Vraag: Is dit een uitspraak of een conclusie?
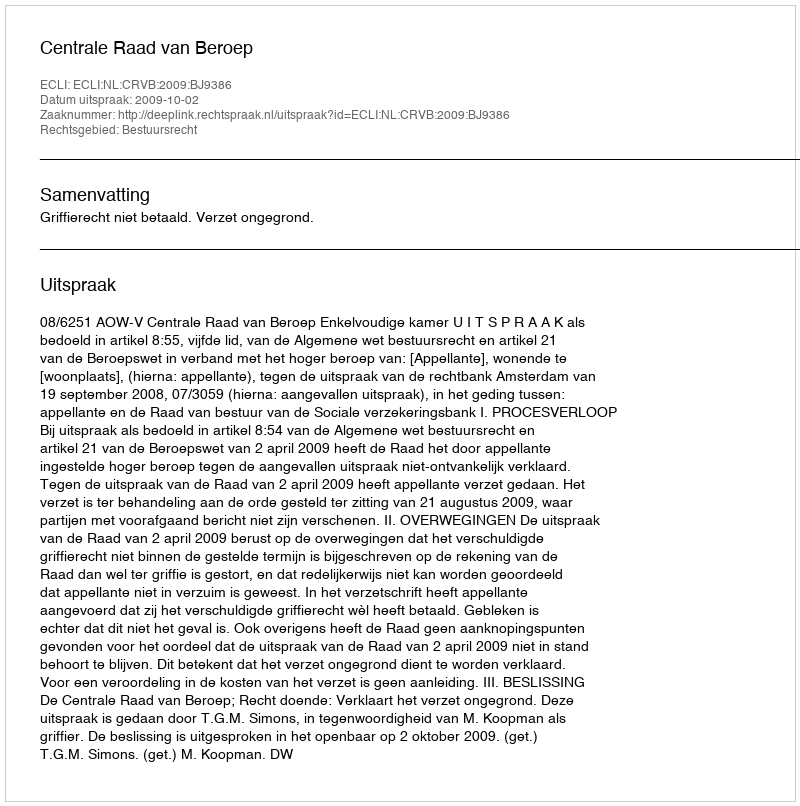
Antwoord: Uitspraak